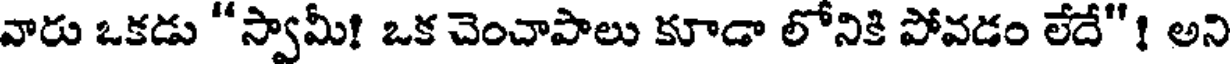
వారు ఒకడు "స్వామీ! ఒక చెంచాపాలు కూడా లోనికి పోవడం లేదే"! అని